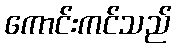
ကောင်းကင်သည်